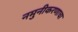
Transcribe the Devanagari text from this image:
नमुनीकरणाचा